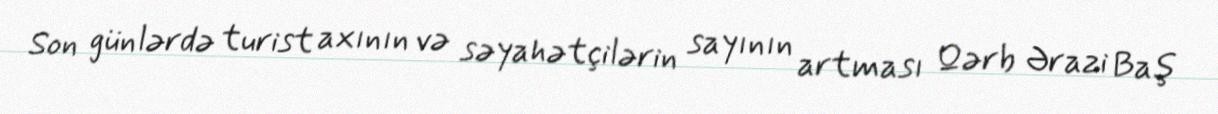
Son günlərdə turist axının və səyahətçilərin sayının artması Qərb Ərazi Baş